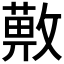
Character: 𢿯